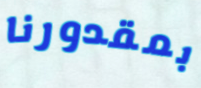
بمقدورنا